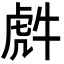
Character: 𮓤